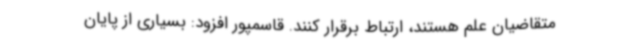
متقاضیان علم هستند، ارتباط برقرار کنند. قاسمپور افزود: بسیاری از پایان